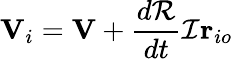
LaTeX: \mathbf{V}_{i}=\mathbf{V}+{\frac{d{\mathcal{R}}}{dt}}{\mathcal{I}}\mathbf{r}_{io}